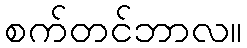
စက်တင်ဘာလ။